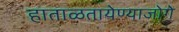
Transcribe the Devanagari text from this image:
हाताळतायेण्याजोगे